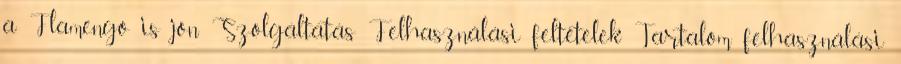
a Flamengo is jön Szolgáltatás Felhasználási feltételek Tartalom felhasználási